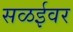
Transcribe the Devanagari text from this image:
सळईवर